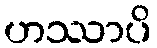
ဟဿာပိ